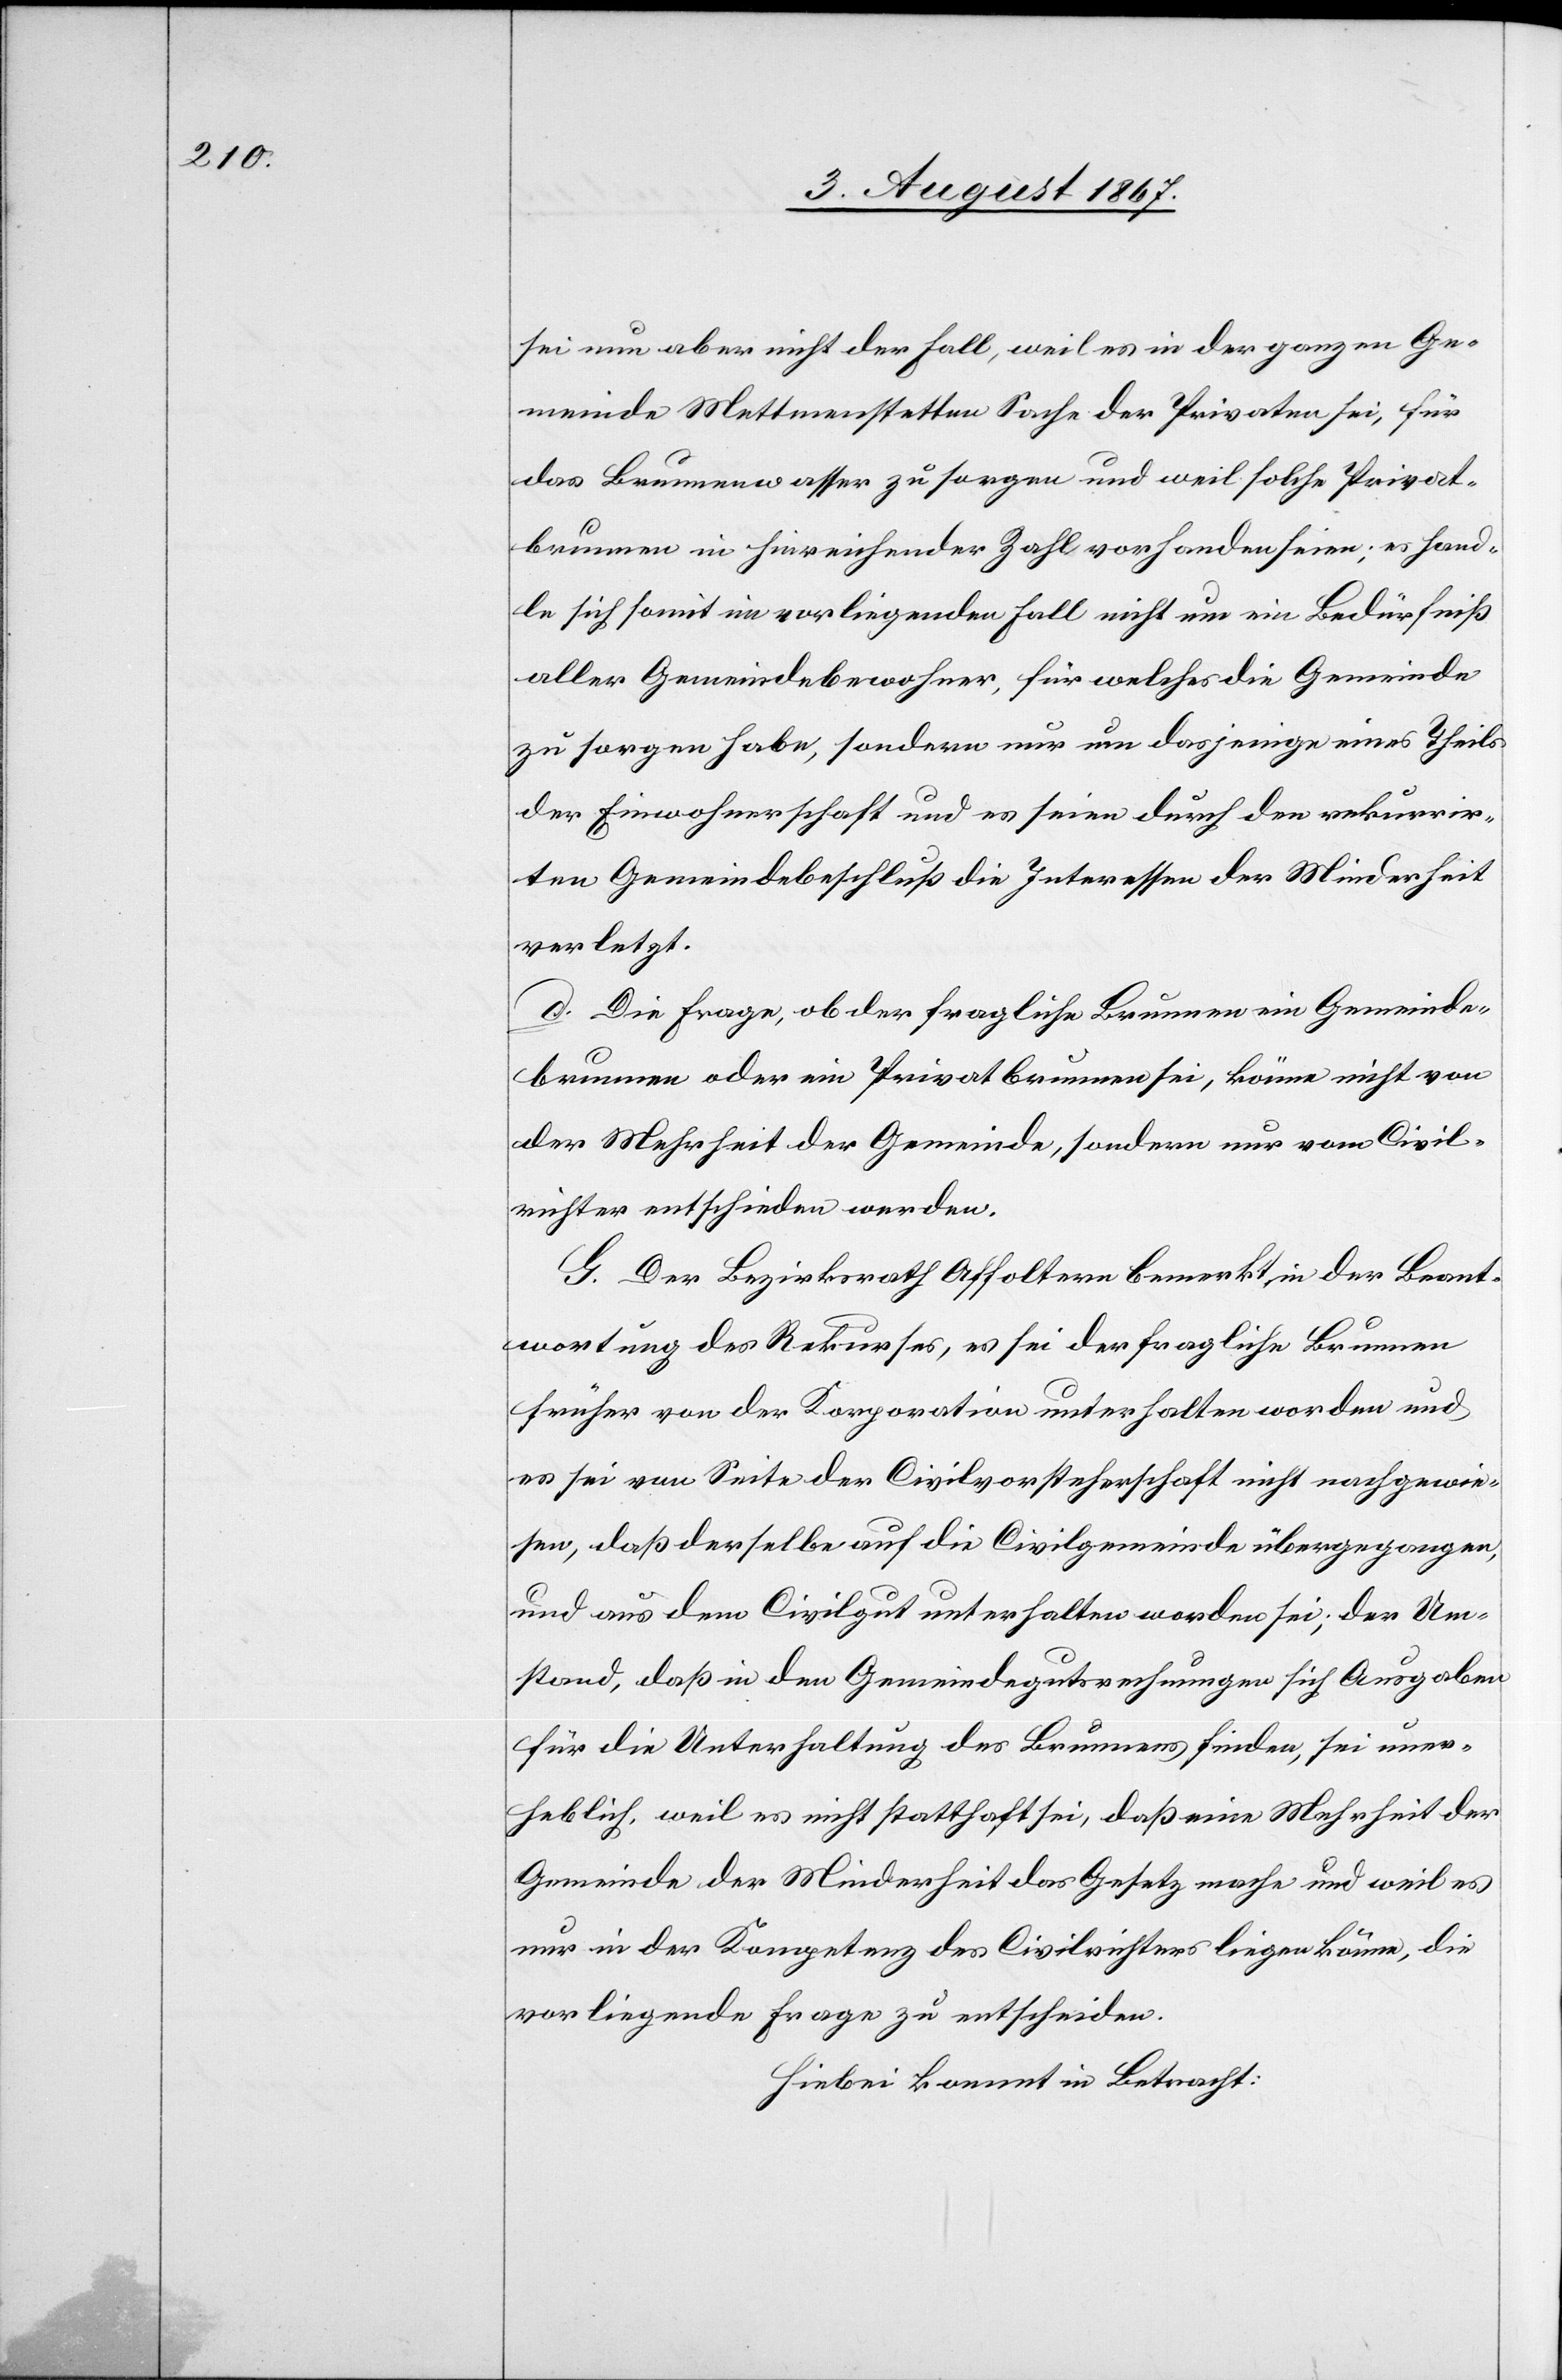
sei nun aber nicht der Fall, weil es in der ganzen Ge¬
meinde Mettmenstetten Sache der Privaten sei, für
das Brunnenwasser zu sorgen und weil solche Privat¬
brunnen in hinreichender Zahl vorhanden seien; es hand¬
le sich somit im vorliegenden Fall nicht um ein Bedürfniß
aller Gemeindebewohner, sondern nur um dasjenige eines
der Einwohnerschaft und es seien durch den rekurrir¬
ten Gemeindsbeschluß die Interessen der Minderheit
verletzt.
d. Die Frage, ob der fragliche Brunnen ein Gemeinde¬
brunnen oder ein Privatbrunnen sei, könne nicht von
der Mehrheit der Gemeinde, sondern nur vom Civil¬
richter entschieden werden.
G. Der Bezirksrath Affoltern bemerkt in der Beant¬
wortung des Rekurses, es sei der fragliche Brunnen
früher von der Korporation unterhalten worden und
es sei von Seite der Civilvorsteherschaft nicht nachgewie¬
sen, daß derselbe auf die Civilgemeinde übergegangen,
und aus dem Civilgut unterhalten worden sei; der Um¬
stand, daß in den Gemeindegutsrechnungen sich Ausgaben
für die Unterhaltung des Brunnens finden, sei uner¬
heblich, weil es nicht statthaft sei, daß eine Mehrheit der
Gemeinde der Minderheit das Gesetz mache und weil es
nur in der Kompetenz des Civilrichters liegen könne, die
vorliegende Frage zu entscheiden.
Hiebei kommt in Betracht: